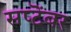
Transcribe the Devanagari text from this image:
सप्टॆंबर